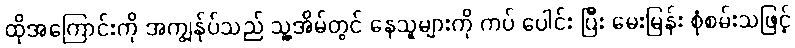
ထိုအကြောင်းကို အကျွန်ုပ်သည် သူ့အိမ်တွင် နေသူများကို ကပ် ပေါင်း ပြီး မေးမြန်း စုံစမ်းသဖြင့်